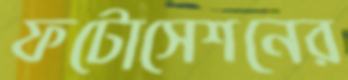
ফটোসেশনের